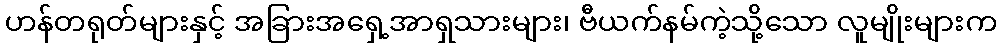
ဟန်တရုတ်များနှင့် အခြားအရှေ့အာရှသားများ၊ ဗီယက်နမ်ကဲ့သို့သော လူမျိုးများက